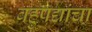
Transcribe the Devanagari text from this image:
वहुपद्यांचा